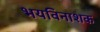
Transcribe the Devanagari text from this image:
भयविनाशक